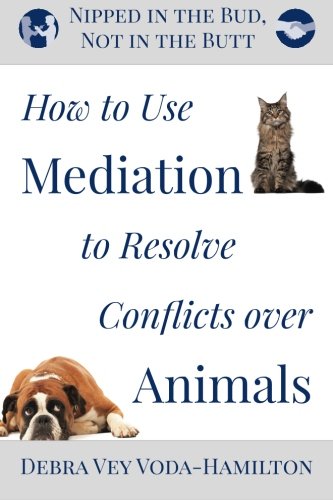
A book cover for Nipped in the Bud, Not in the Butt: How to Use Mediation to Resolve Conflicts over Animals; Debra Vey Voda-Hamilton; Law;